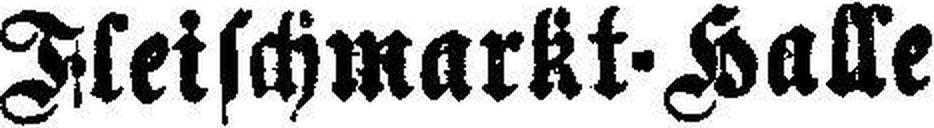
Fleischmarkt-Kalle